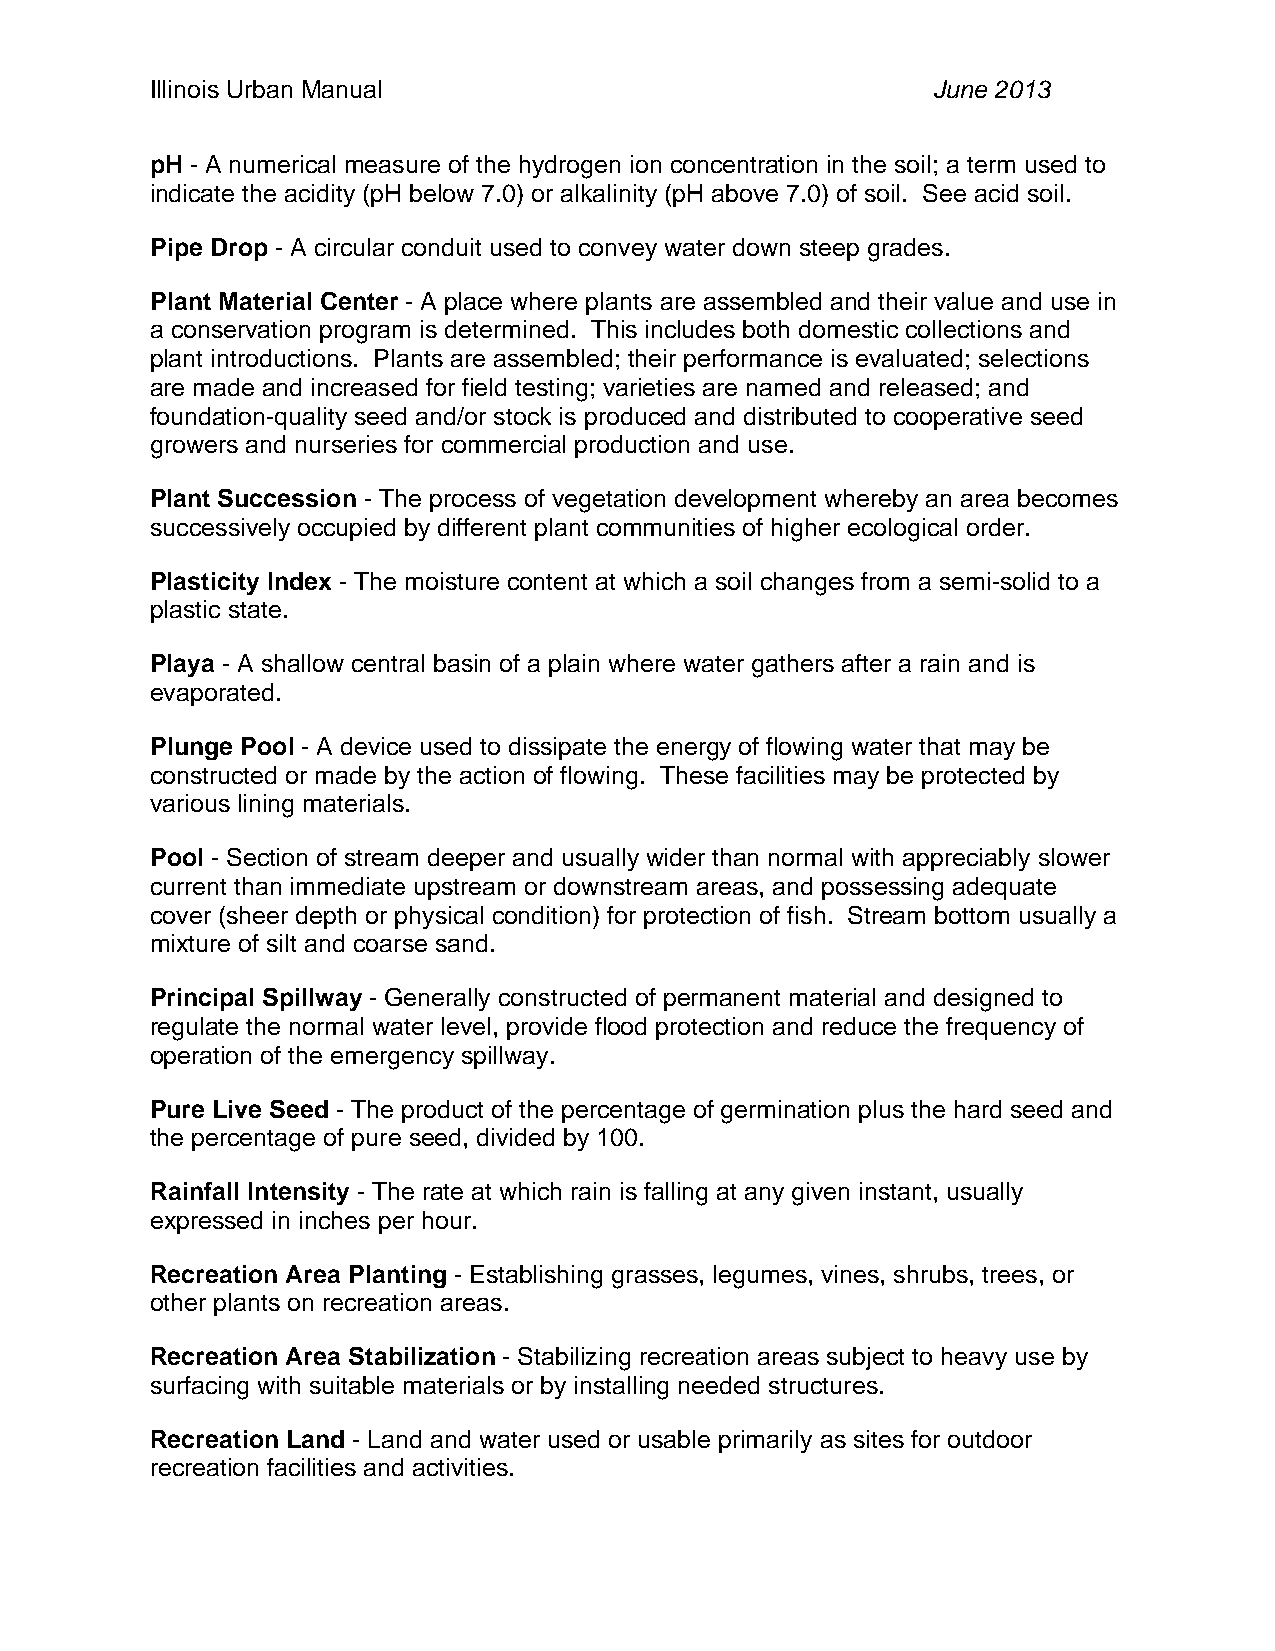
Illinois Urban Manual                               June 2013
 pH - A numerical measure of the hydrogen ion concentration in the soil; a term used to
 indicate the acidity (pH below 7.0) or alkalinity (pH above 7.0) of soil. See acid soil.
 Pipe Drop - A circular conduit used to convey water down steep grades.
 Plant Material Center - A place where plants are assembled and their value and use in
 a conservation program is determined. This includes both domestic collections and
 plant introductions. Plants are assembled; their performance is evaluated; selections
 are made and increased for field testing; varieties are named and released; and
 foundation-quality seed and/or stock is produced and distributed to cooperative seed
 growers and nurseries for commercial production and use.
 Plant Succession - The process of vegetation development whereby an area becomes
 successively occupied by different plant communities of higher ecological order.
 Plasticity Index - The moisture content at which a soil changes from a semi-solid to a
 plastic state.
 Playa - A shallow central basin of a plain where water gathers after a rain and is
 evaporated.
 Plunge Pool - A device used to dissipate the energy of flowing water that may be
 constructed or made by the action of flowing. These facilities may be protected by
 various lining materials.
 Pool - Section of stream deeper and usually wider than normal with appreciably slower
 current than immediate upstream or downstream areas, and possessing adequate
 cover (sheer depth or physical condition) for protection of fish. Stream bottom usually a
 mixture of silt and coarse sand.
 Principal Spillway - Generally constructed of permanent material and designed to
 regulate the normal water level, provide flood protection and reduce the frequency of
 operation of the emergency spillway.
 Pure Live Seed - The product of the percentage of germination plus the hard seed and
 the percentage of pure seed, divided by 100.
 Rainfall Intensity - The rate at which rain is falling at any given instant, usually
 expressed in inches per hour.
 Recreation Area Planting - Establishing grasses, legumes, vines, shrubs, trees, or
 other plants on recreation areas.
 Recreation Area Stabilization - Stabilizing recreation areas subject to heavy use by
 surfacing with suitable materials or by installing needed structures.
 Recreation Land - Land and water used or usable primarily as sites for outdoor
 recreation facilities and activities.